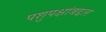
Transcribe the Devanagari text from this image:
पशुपक्षांबद्दल